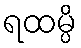
ရထမ္ပိ